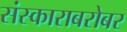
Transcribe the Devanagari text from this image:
संस्काराबरोबर